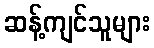
ဆန့်ကျင်သူများ